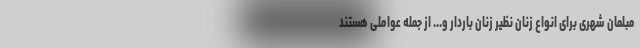
مبلمان شهری برای انواع زنان نظیر زنان باردار و... از جمله عواملی هستند